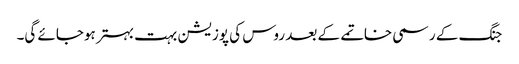
جنگ کے رسمی خاتمے کے بعد روس کی پوزیشن بہت بہتر ہوجائے گی۔